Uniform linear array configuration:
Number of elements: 48
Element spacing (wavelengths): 0.25
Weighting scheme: exponential
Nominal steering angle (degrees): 0
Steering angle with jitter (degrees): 1.633
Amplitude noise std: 0.05
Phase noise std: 0.05

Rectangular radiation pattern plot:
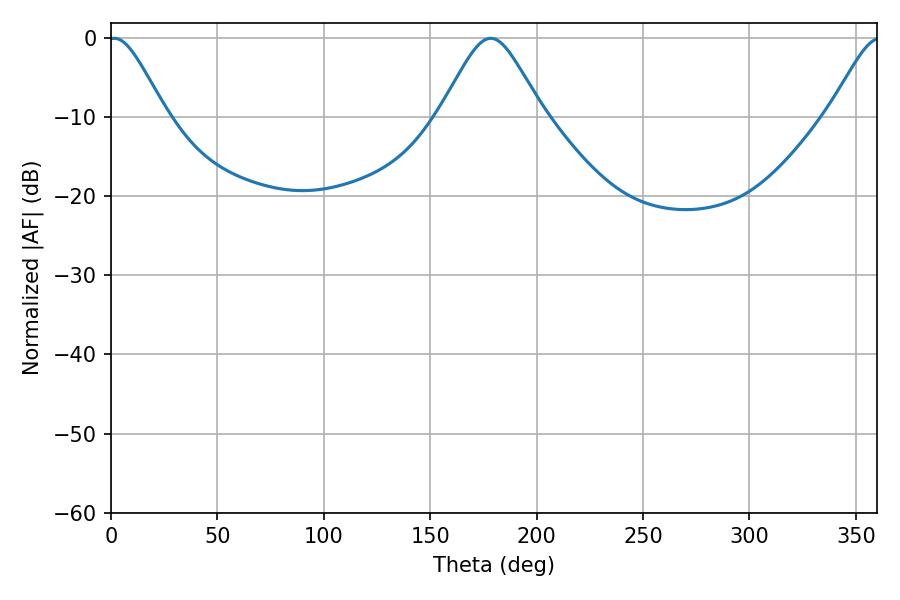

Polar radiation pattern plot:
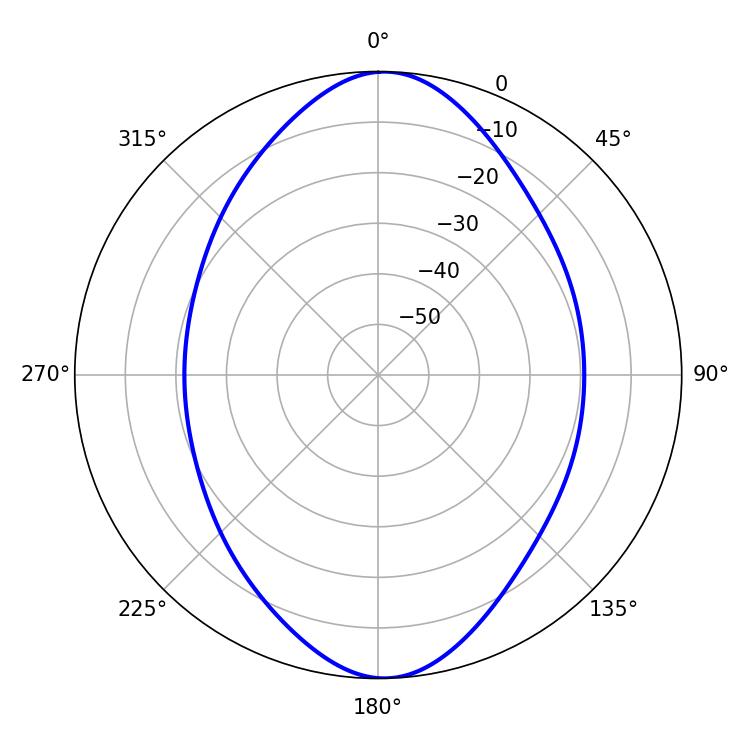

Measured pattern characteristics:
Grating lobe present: FALSE
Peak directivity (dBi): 18.336
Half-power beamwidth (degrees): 13.32
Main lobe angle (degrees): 1.62